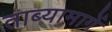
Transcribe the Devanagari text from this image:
ताब्यामागें